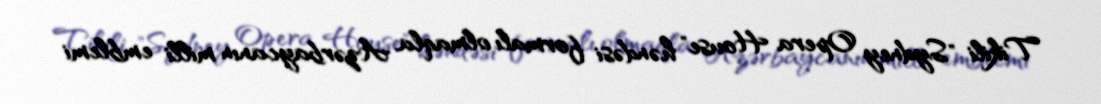
Tikili "Sydney Opera House" həndəsi formalı olmaqla, Azərbaycanın milli emblemi